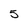
Character: 5